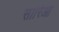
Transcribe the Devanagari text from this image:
सारिआ